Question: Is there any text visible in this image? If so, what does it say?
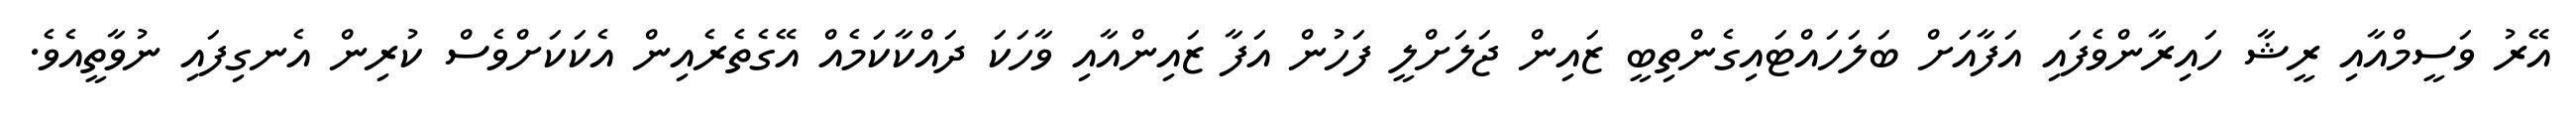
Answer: އޭރު ވަސީމްއާއި ރީޝާ ހައިރާންވެފައި އަފާއަށް ބަލަހައްޓައިގެންތިބީ ޒައިން ޖަލަށްލީ ފަހުން އަފާ ޒައިންއާއި ވާހަކަ ދައްކާކަމެއް އޭގެތެރެއިން އެކަކަށްވެސް ކުރިން އެނގިފައި ނުވާތީއެވެ.